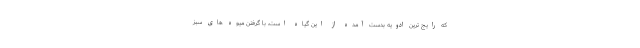
که رایج ترین ادویه بدست آمده از این گیاه است، با گرفتن میوه های سبز